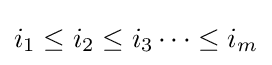
i_{1}\leq i_{2}\leq i_{3}\cdots \leq i_{m}